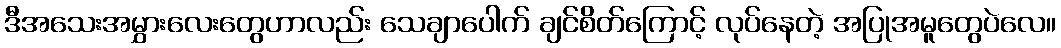
ဒီအသေးအမွှားလေးတွေဟာလည်း သေချာပေါက် ချင်စိတ်ကြောင့် လုပ်နေတဲ့ အပြုအမူတွေပဲလေ။